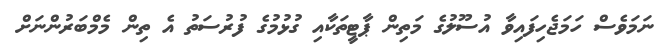
ނަމަވެސް ހަމަޖެހިފައިވާ އުސޫލުގެ މަތިން ޕާޓީތަކާއި ގުޅުމުގެ ފުރުސަތު އެ ތިން މެމްބަރުންނަށް